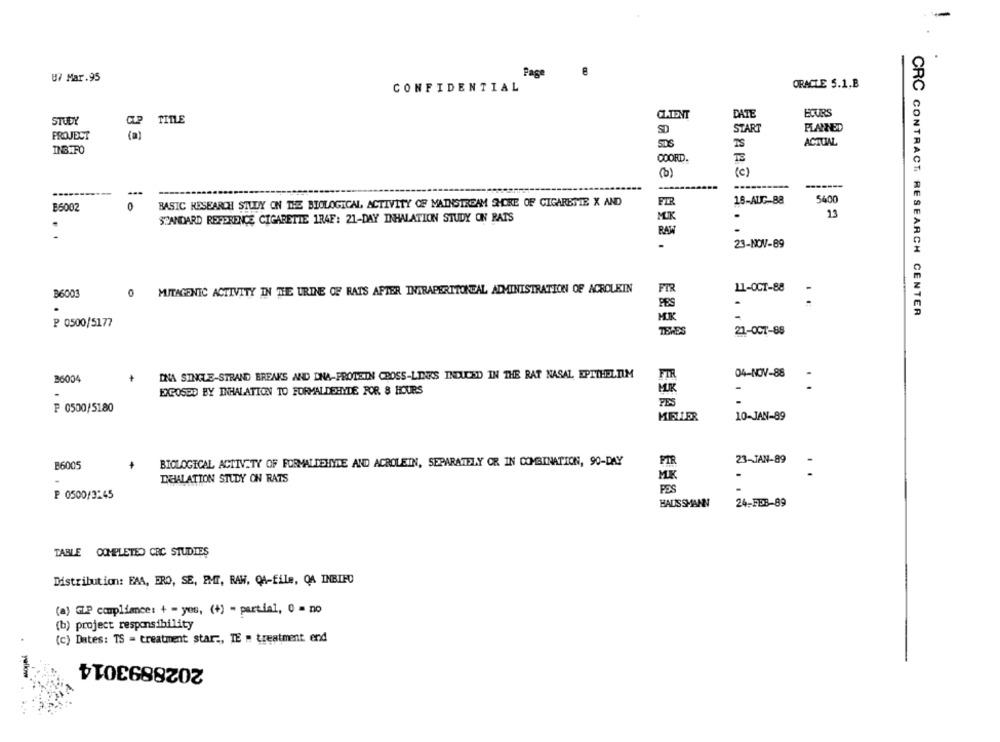
Page
87 Mar.95
CONFIDENTIAL
ORACLE S.1,B
ECURS
CLATENT
DATE
STUDY
TITLE
START
PLANNED
PROJECT
(a)
SDS
ACTUAL
INGEFO
COORD.
TE
(C)
(b)
-------
-
FIR
15-ALC 88
5400
B6002
BASIC RESEARCH STUDY ON THE BIOLOGICAL ACTIVITY OF MAINSTREAM SHORE OF CIGARETTE X AND
MUK
13
STANDARD REPPRENCE CIGARETTE 1R4E: 21-DAY INHALATION STUDY ON RATS
RAW
-
23-NOV-89
MUTAGENIC ACTIVITY IN THE URINE OF RATS AFTER INTRAPERITONEAL ADMINISTRATION OF ACROLEIN
FIR
11-OCT-88
B6003
0
-
PES
CRC CONTRACT RESEARCH CENTER
MK
₽ 0500/5177
TEHES
21-OCT-88
04-NOV-88
36004
DNA SINGLE-STRAND BREAKS AND DNA-PROTEIN CROSS-LINKS INDUCED IN THE RAT NASAL EPITHELTIM
FIR
-
EXPOSED BY INHALATION TO FORMALDEHYDE FOR 8 HOURS
MIR
-
F 0500/5180
PES
10-JAN-89
MELLER
23-JAN-89
B6005
BIOLOGICAL ACTIVITY OF FORMALDEHYDE AND ACROLEIN, SEPARATELY OR IN COMBINATION, 90-DAY
PIR
..
DIEALATION STUDY ON RATS
MK
PES
P 0500/3245
HAUSSMANN
24-FEB-89
TABLE COMPLETED CRC STUDIES
Distribution: EAA, ERO, SE, EMT, RAW, Q4-file, QA INBIFO
(a) IP compliance: + - yes, (+) - partial, 0 = no
(b) project responsibility
(c) Dates: TS = treatment star ., TE = treatment end
2028893014